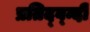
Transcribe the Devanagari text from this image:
प्रतिद्व्न्दी